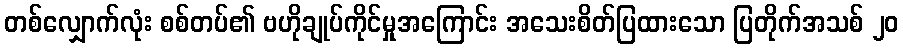
တစ်လျှောက်လုံး စစ်တပ်၏ ဗဟိုချုပ်ကိုင်မှုအကြောင်း အသေးစိတ်ပြထားသော ပြတိုက်အသစ် ၂၀